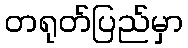
တရုတ်ပြည်မှာ